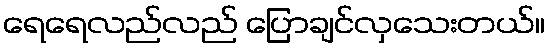
ရေရေလည်လည် ပြောချင်လှသေးတယ်။